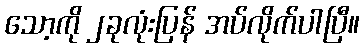
သော့ကို ၂ခုလုံးပြန် အပ်လိုက်ပါပြီ။